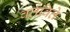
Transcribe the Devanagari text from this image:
वर्तविते